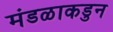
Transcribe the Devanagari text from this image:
मंडळाकडुन